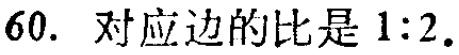
60. 对应边的比是 \(1:2\).